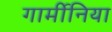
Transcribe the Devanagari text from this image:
गार्मीनिया